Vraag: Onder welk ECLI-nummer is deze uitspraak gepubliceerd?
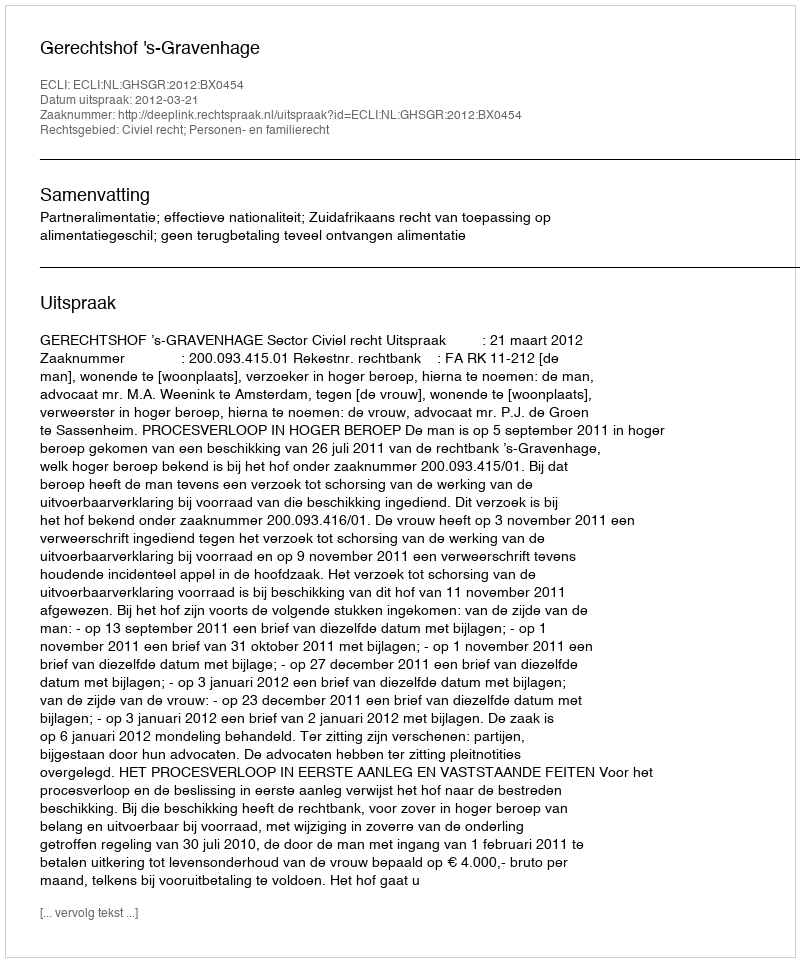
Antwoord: ECLI:NL:GHSGR:2012:BX0454